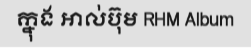
ក្នុង អាល់ប៊ុម RHM Album